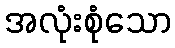
အလုံးစုံသော